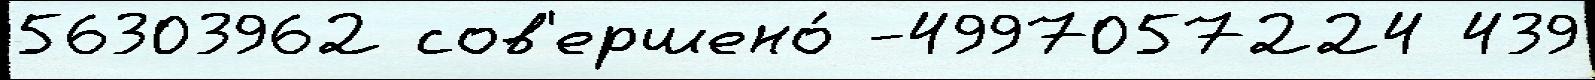
56303962 сов'ершено́ -4997057224 439